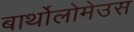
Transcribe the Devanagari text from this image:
बार्थोलोमेउस